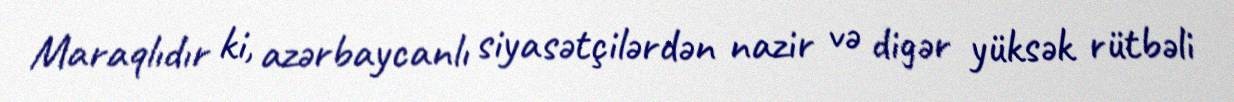
Maraqlıdır ki, azərbaycanlı siyasətçilərdən nazir və digər yüksək rütbəli